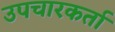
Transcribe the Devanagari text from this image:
उपचारकर्ता